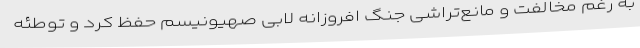
به رغم مخالفت و مانع‌تراشی جنگ افروزانه لابی صهیونیسم حفظ کرد و توطئه